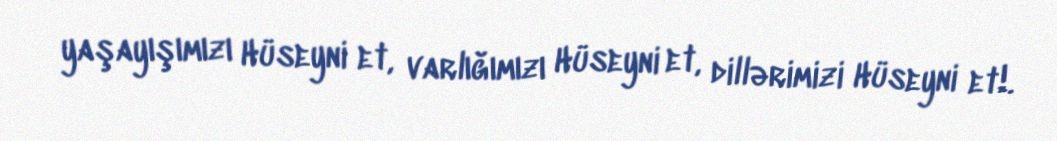
yaşayışımızı Hüseyni et, varlığımızı Hüseyni et, dillərimizi Hüseyni et!.